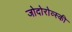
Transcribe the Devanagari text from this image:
जोदोरोव्स्की